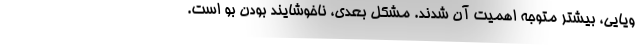
ویایی، بیشتر متوجه اهمیت آن شدند. مشکل بعدی، ناخوشایند بودن بو است.